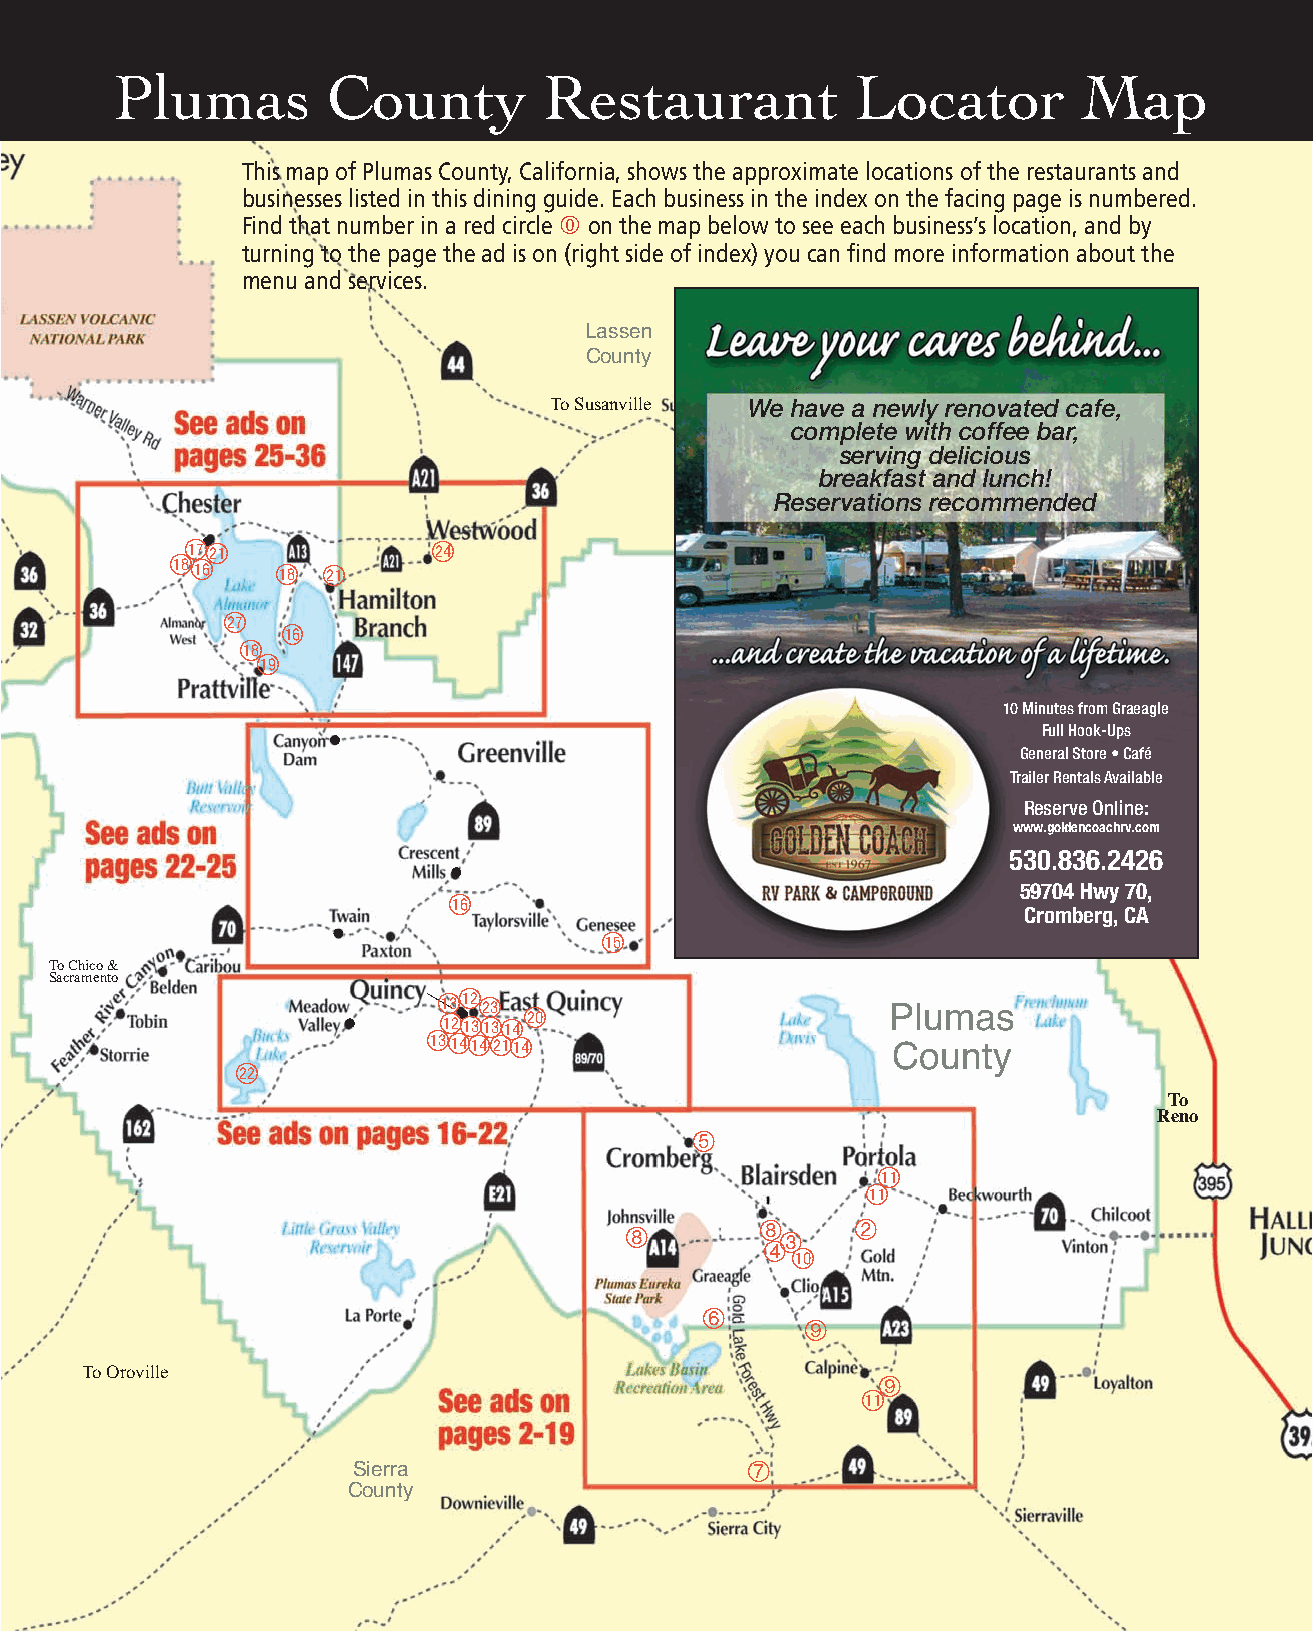
Plumas        County        Restaurant           Locator        Map
 This map of Plumas County, California, shows the approximate locations of the restaurants and
 businesses listed in this dining guide. Each business in the index on the facing page is numbered.
 Find that number in a red circle 0 on the map below to see each business’s location, and by
 turning to the page the ad is on (right side of index) you can find more information about the
 menu and services.
 Lassen
 County
 To Susanville We have a newly renovated cafe,
 complete with coffee bar,
 serving delicious
 breakfast and lunch!
 Reservations recommended
 brcl            co
 bsbq
 bs cl
 cr
 bq
 bs
 bt
 10 Minutes from Graeagle
 Full Hook-Ups
 General Store • Café
 Trailer Rentals Available
 Reserve Online:
 www.goldencoachrv.com
 530.836.2426
 bq                                    59704 Hwy 70,
 Cromberg, CA
 bp
 To Chico &
 Sacramento
 bnbm
 cn
 bmbnbnbock                    Plumas
 bnboboclbo
 County
 cm
 To
 Reno
 5
 bl
 bl
 8     2
 8         3
 4
 bk
 6
 9
 To Oroville                                          9
 bl
 7
 Sierra
 County